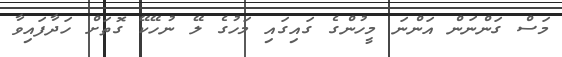
މަސް ގަންނަން އަންނަ މީހުންގެ ގައިގައި މަހުގެ ލޭ ނުހޭކޭ ގޮތަށް ހަދާފައިވާ